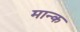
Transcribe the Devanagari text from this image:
मान्क